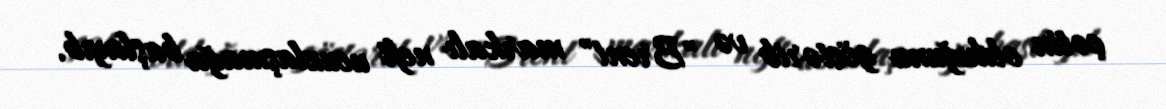
çətin olduğunu göstərib və "Brent" markalı neft ucuzlaşmağa başlayıb.